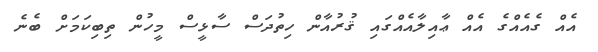
އެއް ގެއެއްގެ އެއް ޢާއިލާއެއްގައި ޤުރުއާން ހިތުދަސް ސާޅީސް މީހުން ތިބިކަމަށް ބެނެ